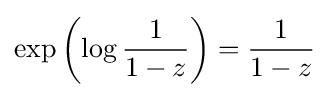
\exp \left(\log {\frac {1}{1-z}}\right)={\frac {1}{1-z}}